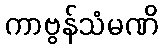
ကာဗွန်သံမဏိ